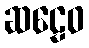
ဆဠေဝ